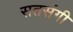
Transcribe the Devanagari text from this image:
सतसंगी